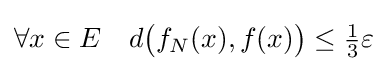
\forall x\in E\quad d{\bigl (}f_{N}(x),f(x){\bigr )}\leq {\tfrac {1}{3}}\varepsilon